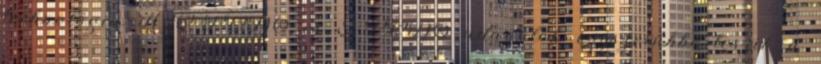
technológia A Q-POD® és E-POD® adagolók egyszerűbbé teszik a